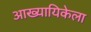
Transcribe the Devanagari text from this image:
आख्यायिकेला